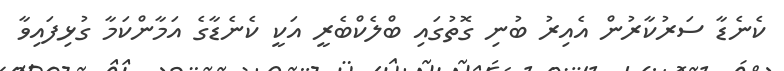
ކެނެޑާ ސަރުކާރުން އެއިރު ބުނި ގޮތުގައި ބްލެކްބެރީ އަކީ ކެނެޑާގެ އަމާންކަމާ ގުޅިފައިވާ